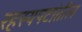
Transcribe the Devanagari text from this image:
रहस्यपटांतील